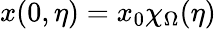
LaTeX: x(0,\eta)=x_{0}\chi_{\Omega}(\eta)